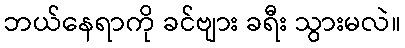
ဘယ်နေရာကို ခင်ဗျား ခရီး သွားမလဲ။